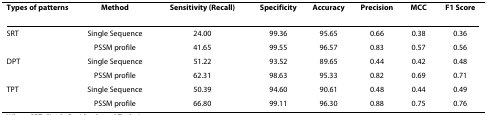
<table><thead><tr><td><b>Types of patterns</b></td><td><b>Method</b></td><td><b>Sensitivity (Recall)</b></td><td><b>Specificity</b></td><td><b>Accuracy</b></td><td><b>Precision</b></td><td><b>MCC</b></td><td><b>F1 Score</b></td></tr></thead><tbody><tr><td>SRT</td><td>Single Sequence</td><td>24.00</td><td>99.36</td><td>95.65</td><td>0.66</td><td>0.38</td><td>0.36</td></tr><tr><td></td><td>PSSM profile</td><td>41.65</td><td>99.55</td><td>96.57</td><td>0.83</td><td>0.57</td><td>0.56</td></tr><tr><td>DPT</td><td>Single Sequence</td><td>51.22</td><td>93.52</td><td>89.65</td><td>0.44</td><td>0.42</td><td>0.48</td></tr><tr><td></td><td>PSSM profile</td><td>62.31</td><td>98.63</td><td>95.33</td><td>0.82</td><td>0.69</td><td>0.71</td></tr><tr><td>TPT</td><td>Single Sequence</td><td>50.39</td><td>94.60</td><td>90.61</td><td>0.48</td><td>0.44</td><td>0.49</td></tr><tr><td></td><td>PSSM profile</td><td>66.80</td><td>99.11</td><td>96.30</td><td>0.88</td><td>0.75</td><td>0.76</td></tr></tbody></table>